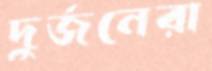
দুর্জনেরা